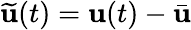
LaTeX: \widetilde{\mathbf{u}}(t)=\mathbf{u}(t)-\bar{\mathbf{u}}